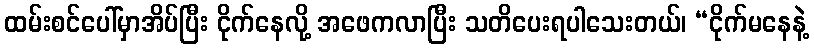
ထမ်းစင်ပေါ်မှာအိပ်ပြီး ငိုက်နေလို့ အဖေကလာပြီး သတိပေးရပါသေးတယ်၊ “ငိုက်မနေနဲ့